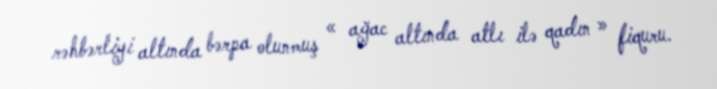
rəhbərliyi altında bərpa olunmuş « ağac altında atlı ilə qadın » fiquru.